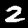
Label: 2